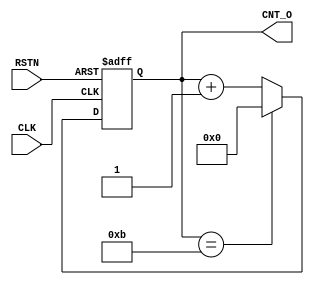
module count_m11 ( RSTN,CLK,CNT_O);
input RSTN;
input CLK;
output [3:0] CNT_O;

reg [3:0] CNT_O;

always@(posedge CLK or negedge RSTN)
begin
	if(~RSTN)
		CNT_O <= 4'h0;
	else if(CNT_O == 4'hB)
		CNT_O <= 4'h0;
	else 
		CNT_O <= CNT_O + 4'h1;
end

endmodule